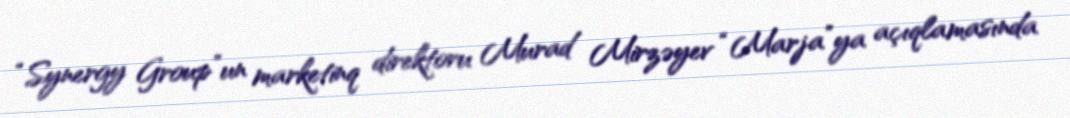
“Synergy Group”un marketinq direktoru Murad Mirzəyev “Marja”ya açıqlamasında